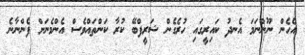
އެހެން ނޫންނަމަ އެނދު ކައިރީގައި ހުރެގެން ޝަރީފްބޭ ކުރާ ކަންތައްވެސް އެންމެނަށް ފެންނާނެ